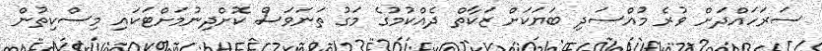
ސަރަހައްދަށް ވުރެ މުއްސަދި ބަޔަކަށް ޒަކާތް ދެއްކުމުގެ މަގު ތަނަވަސް ކޮށްދިނުމަށްޓަކައި މިސްކިތުން